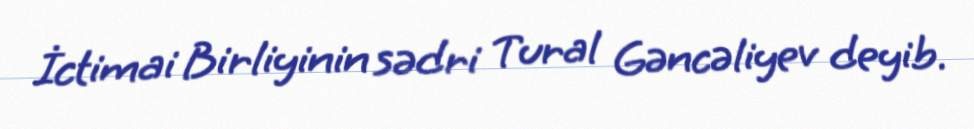
İctimai Birliyinin sədri Tural Gəncəliyev deyib.